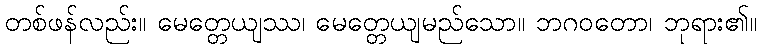
တစ်ဖန်လည်း။ မေတ္တေယျဿ၊ မေတ္တေယျမည်သော။ ဘဂဝတော၊ ဘုရား၏။